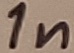
Text: 1n